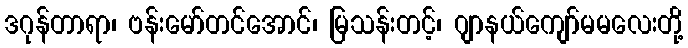
ဒဂုန်တာရာ၊ ဗန်းမော်တင်အောင်၊ မြသန်းတင့်၊ ဂျာနယ်ကျော်မမလေးတို့